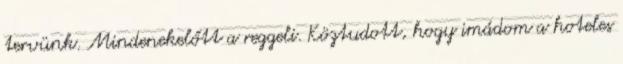
tervünk. Mindenekelőtt a reggeli. Köztudott, hogy imádom a hoteles